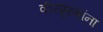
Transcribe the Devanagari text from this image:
वीरपुरुषांना